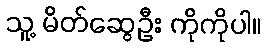
သူ့ မိတ်ဆွေဦး ကိုကိုပါ။